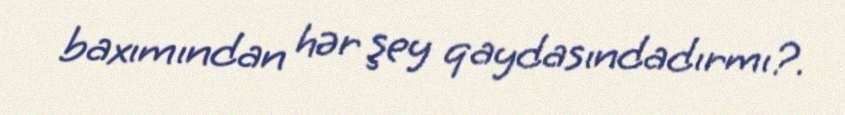
baxımından hər şey qaydasındadırmı?.